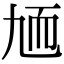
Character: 𦓏